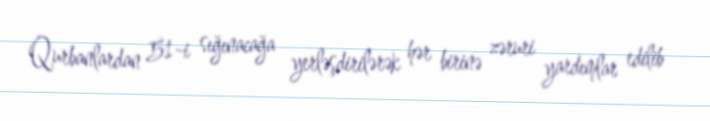
Qurbanlardan 51-i sığınacağa yerləşdirilərək hər birinə zəruri yardımlar edilib